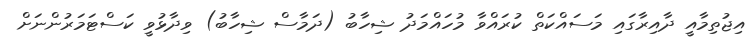
އިޖުތިމާއީ ދާއިރާގައި މަަސައްކަތް ކުރައްވާ މުހައްމަދު ޝިހާބު (ދަމާސް ޝިހާބު) ވިދާޅުވީ ކަސްޓަމަރުންނަށް